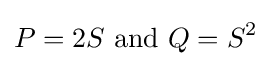
P=2S{\text{ and }}Q=S^{2}